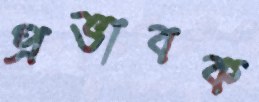
প্রভাবক